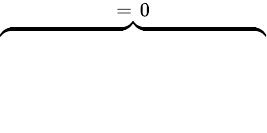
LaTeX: \overbrace{\phantom{\left.\sum_{k=1}^{3}\varepsilon_{0}\varepsilon_{\infty,k}\tilde{E}_{k}(\mathrm{d}_{\rho}E_{k})\right|_{0}^{T}}}^{=\; 0}